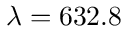
\lambda = 6 3 2 . 8